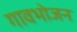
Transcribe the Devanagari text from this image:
गावभोजन